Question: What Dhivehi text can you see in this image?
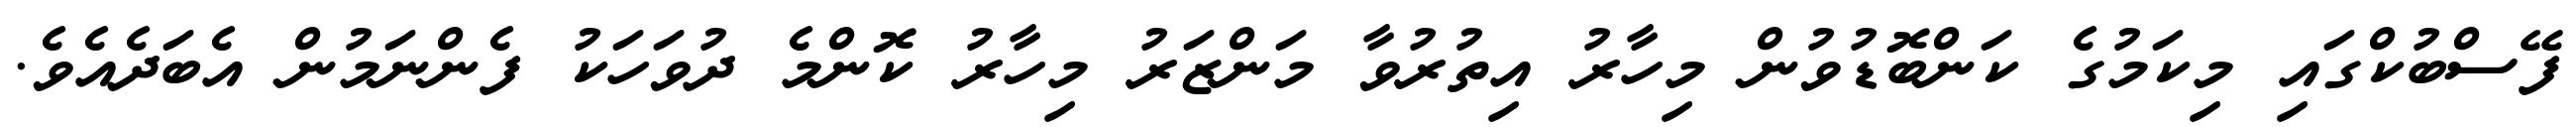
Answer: ފޭސްބުކްގައި މިކަމުގެ ކަންބޮޑުވުން މިހާރު އިތުރުވާ މަންޒަރު މިހާރު ކޮންމެ ދުވަހަކު ފެންނަމުން އެބަދެއެވެ.